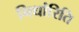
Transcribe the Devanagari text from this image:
निर्धारिति